Source: Handwritten
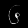
Digit: ၆ (6)